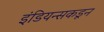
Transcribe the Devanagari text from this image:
इंडियन्सकडून